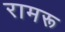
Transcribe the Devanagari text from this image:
रामरू